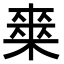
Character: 𭫘